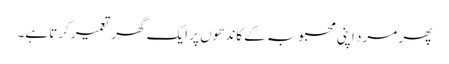
پھر مرد اپنی محبوبہ کے کاندھوں پر ایک گھر تعمیر کرتا ہے۔